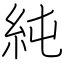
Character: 純